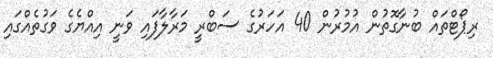
ރިޕޯޓްތައް ބުނާގޮތުން އުމުރުން 40 އަހަރުގެ ސަބްރީ މަރާލާފައި ވަނީ އިއްޔެގެ ވަގުތެއްގައި